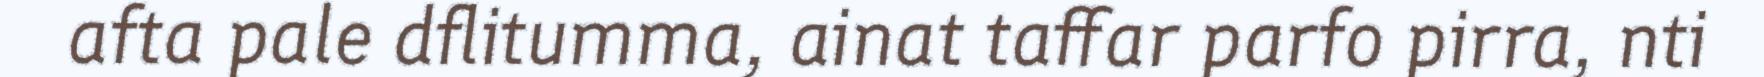
afta pale dflitumma, ainat taffar parfo pirra, nti